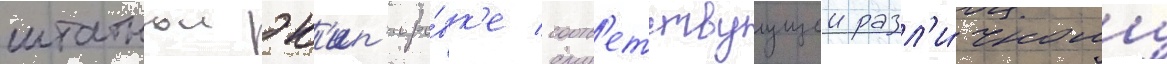
штатнои эк'ип'иро́вк'е соотв'етствуущеи разл'и́чному